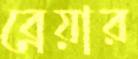
ব্রেয়ার